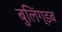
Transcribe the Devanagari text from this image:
बुलिंग्डब